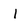
Character: l